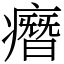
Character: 㿊